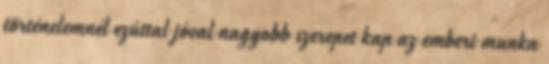
történelemnél ezúttal jóval nagyobb szerepet kap az emberi munka